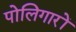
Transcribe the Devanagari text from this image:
पोलिगारों